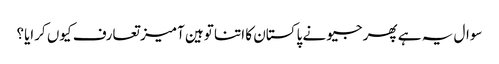
سوال یہ ہے پھر جیو نے پاکستان کا اتنا توہین آمیز تعارف کیوں کرایا؟